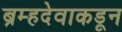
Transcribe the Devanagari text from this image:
ब्रम्हदेवाकडून